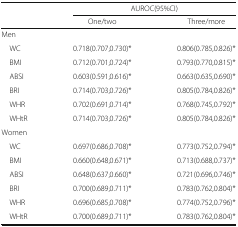
<table><thead><tr><td rowspan="2"></td><td colspan="2"><b>AUROC(95%CI)</b></td></tr><tr><td><b>One/two</b></td><td><b>Three/more</b></td></tr></thead><tbody><tr><td colspan="3">Men</td></tr><tr><td> WC</td><td>0.718(0.707,0.730)*</td><td>0.806(0.785,0.826)*</td></tr><tr><td> BMI</td><td>0.712(0.701,0.724)*</td><td>0.793(0.770,0.815)*</td></tr><tr><td> ABSI</td><td>0.603(0.591,0.616)*</td><td>0.663(0.635,0.690)*</td></tr><tr><td> BRI</td><td>0.714(0.703,0.726)*</td><td>0.805(0.784,0.826)*</td></tr><tr><td> WHR</td><td>0.702(0.691,0.714)*</td><td>0.768(0.745,0.792)*</td></tr><tr><td> WHtR</td><td>0.714(0.703,0.726)*</td><td>0.805(0.784,0.826)*</td></tr><tr><td colspan="3">Women</td></tr><tr><td> WC</td><td>0.697(0.686,0.708)*</td><td>0.773(0.752,0.794)*</td></tr><tr><td> BMI</td><td>0.660(0.648,0.671)*</td><td>0.713(0.688,0.737)*</td></tr><tr><td> ABSI</td><td>0.648(0.637,0.660)*</td><td>0.721(0.696,0.746)*</td></tr><tr><td> BRI</td><td>0.700(0.689,0.711)*</td><td>0.783(0.762,0.804)*</td></tr><tr><td> WHR</td><td>0.696(0.685,0.708)*</td><td>0.774(0.752,0.796)*</td></tr><tr><td> WHtR</td><td>0.700(0.689,0.711)*</td><td>0.783(0.762,0.804)*</td></tr></tbody></table>